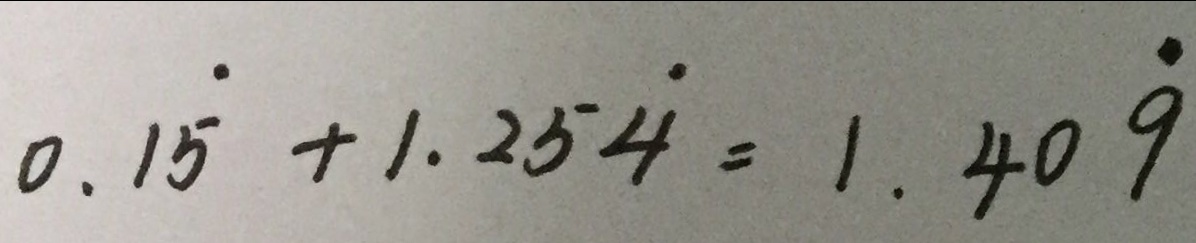
0 . 1 \dot { 5 } + 1 . 2 5 \dot { 4 } = 1 . 4 0 \dot { 9 }